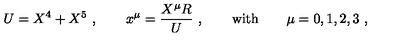
U = X ^ { 4 } + X ^ { 5 } \ , \qquad x ^ { \mu } = \frac { X ^ { \mu } R } { U } \ , \qquad \mathrm { w i t h } \qquad \mu = 0 , 1 , 2 , 3 \ ,